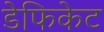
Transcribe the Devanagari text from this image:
डेफिकेट